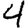
Digit: 4